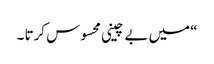
“ میں بے چینی محسوس کرتا ۔